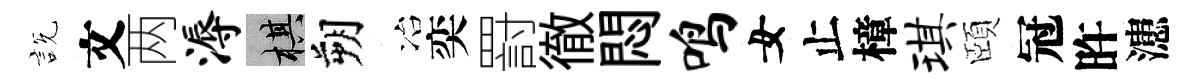
説文两溽棋朔冶奕罸徹悶鸣女止樟琪頤冠旿漶